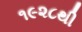
૧૯૨૮થી